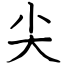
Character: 尖